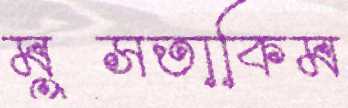
মুসতাকিম